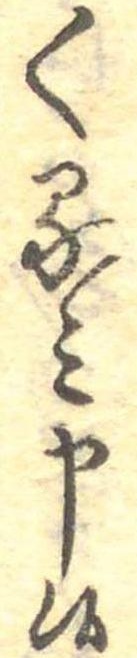
くるみ申候